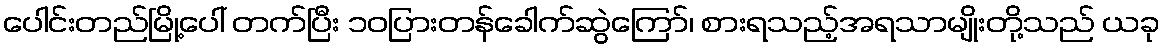
ပေါင်းတည်မြို့ပေါ် တက်ပြီး ၁၀ပြားတန်ခေါက်ဆွဲကြော်၊ စားရသည့်အရသာမျိုးတို့သည် ယခု